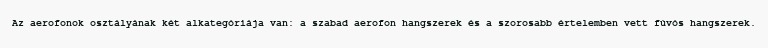
Az aerofonok osztályának két alkategóriája van: a szabad aerofon hangszerek és a szorosabb értelemben vett fúvós hangszerek.